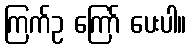
ကြက်ဥ ကြော် ပေးပါ။